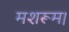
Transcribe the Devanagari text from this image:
मशरूम।